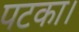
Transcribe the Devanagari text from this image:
पटका।